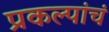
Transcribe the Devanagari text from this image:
प्रकल्पांचं